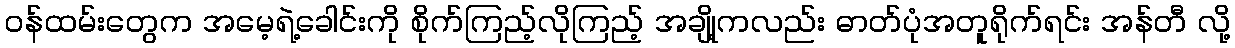
ဝန်ထမ်းတွေက အမေ့ရဲ့ခေါင်းကို စိုက်ကြည့်လိုကြည့် အချို့ကလည်း ဓာတ်ပုံအတူရိုက်ရင်း အန်တီ လို့